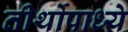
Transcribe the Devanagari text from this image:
तीर्थोपाध्ये